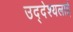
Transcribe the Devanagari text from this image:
उद्देश्यलाई